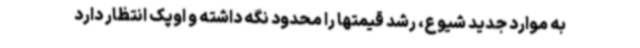
به موارد جدید شیوع، رشد قیمتها را محدود نگه داشته و اوپک انتظار دارد